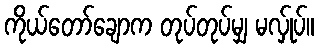
ကိုယ်တော်ချောက တုပ်တုပ်မျှ မလ်ှုပ်။